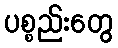
ပစ္စည်းတွေ